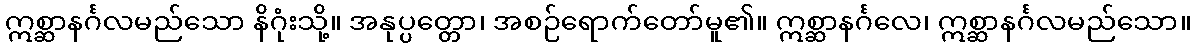
ဣစ္ဆာနင်္ဂလမည်သော နိဂုံးသို့။ အနုပ္ပတ္တော၊ အစဉ်ရောက်တော်မူ၏။ ဣစ္ဆာနင်္ဂလေ၊ ဣစ္ဆာနင်္ဂလမည်သော။